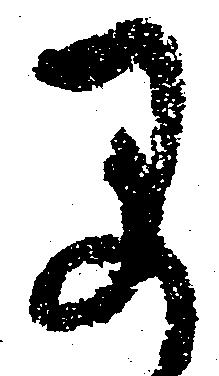
早